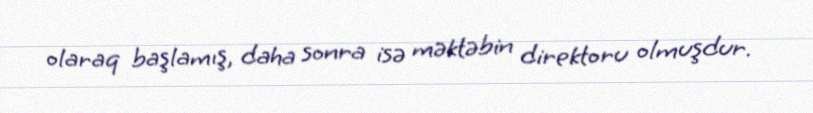
olaraq başlamış, daha sonra isə məktəbin direktoru olmuşdur.